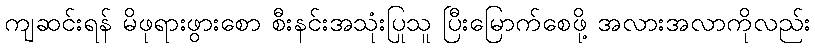
ကျဆင်းရန် မိဖုရားဖွားစော စီးနင်းအသုံးပြုသူ ပြီးမြောက်စေဖို့ အလားအလာကိုလည်း